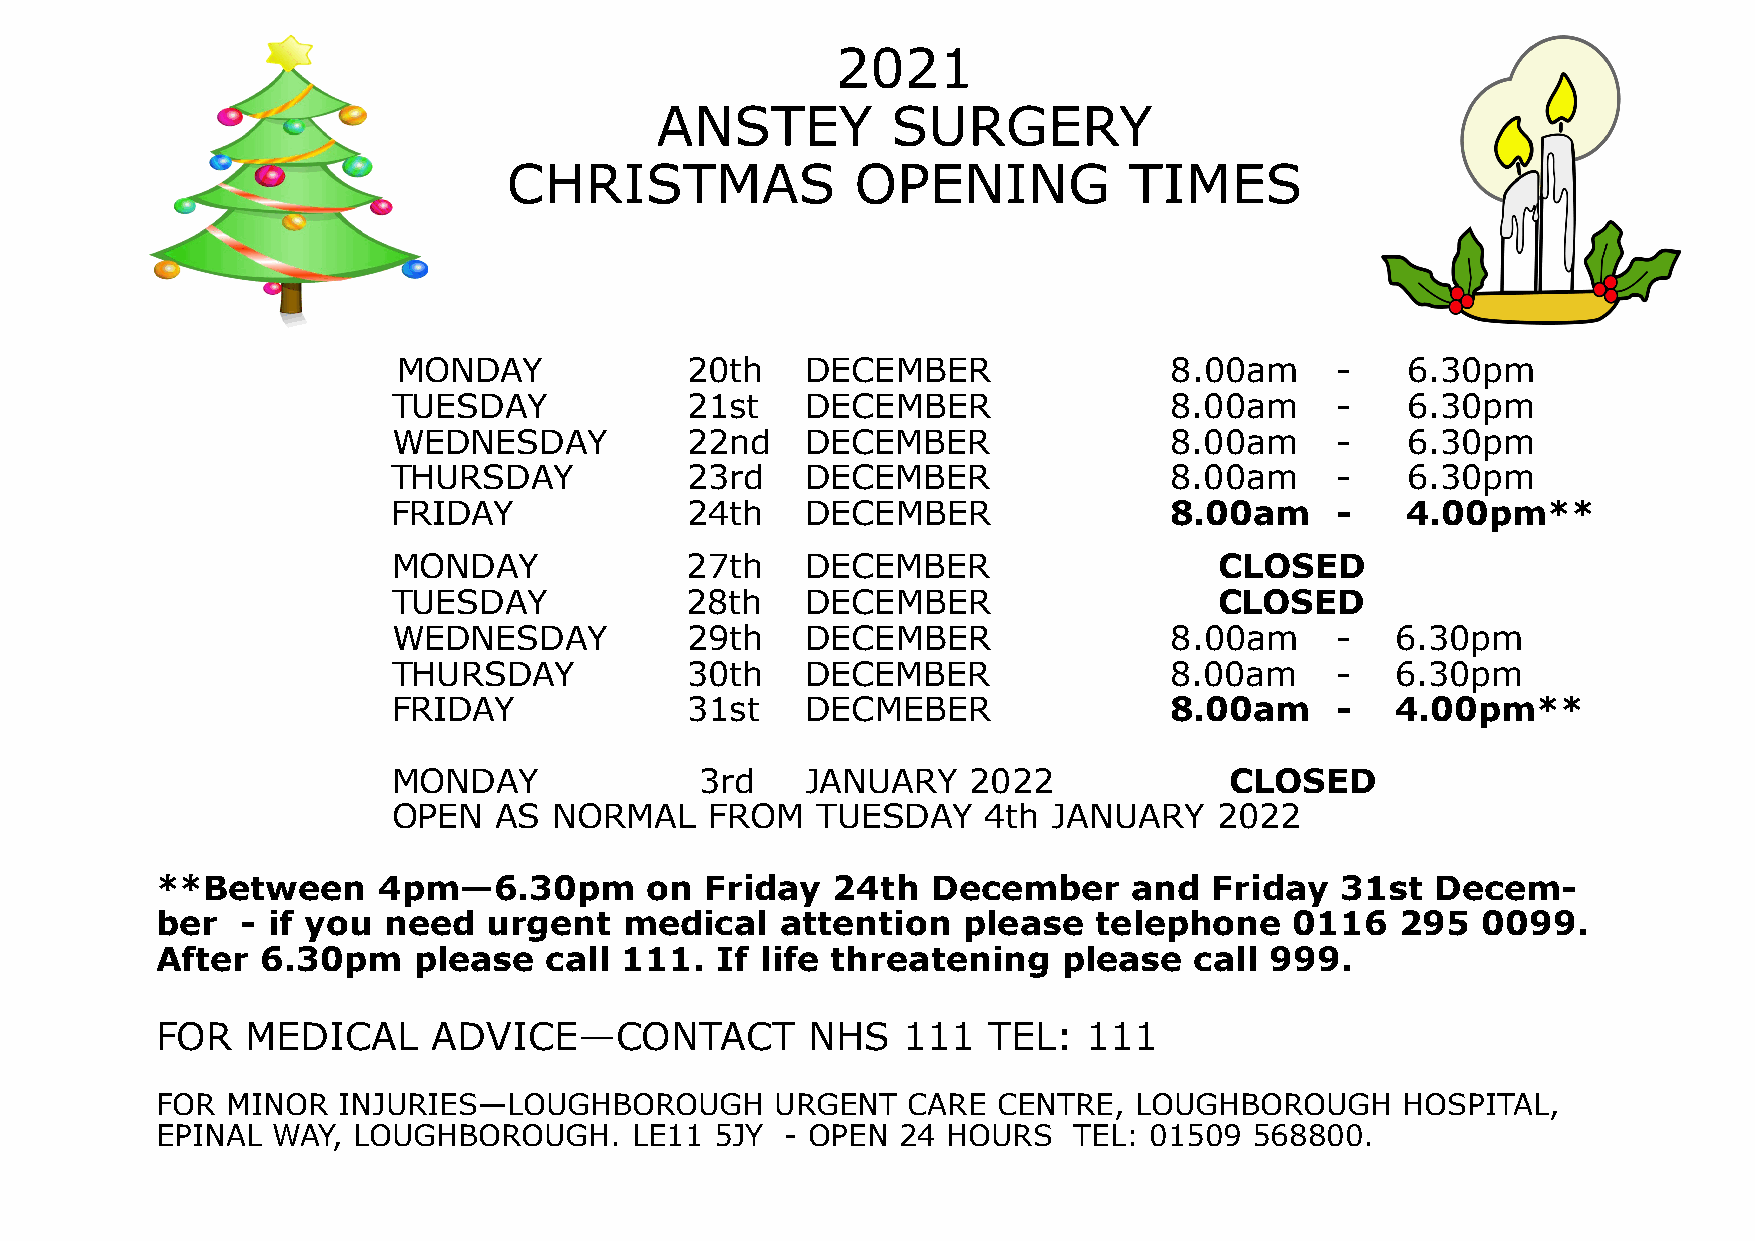
2021
 ANSTEY          SURGERY
 CHRISTMAS              OPENING           TIMES
 MONDAY             20th    DECEMBER                8.00am     -    6.30pm
 TUESDAY            21st    DECEMBER                8.00am     -    6.30pm
 WEDNESDAY          22nd    DECEMBER                8.00am     -    6.30pm
 THURSDAY           23rd    DECEMBER                8.00am     -    6.30pm
 FRIDAY             24th    DECEMBER                8.00am     -    4.00pm**
 MONDAY             27th    DECEMBER                    CLOSED
 TUESDAY            28th    DECEMBER                    CLOSED
 WEDNESDAY          29th    DECEMBER                8.00am     -   6.30pm
 THURSDAY           30th    DECEMBER                8.00am     -   6.30pm
 FRIDAY             31st    DECMEBER                8.00am     -   4.00pm**
 MONDAY              3rd    JANUARY    2022             CLOSED
 OPEN   AS  NORMAL    FROM   TUESDAY    4th  JANUARY   2022
 **Between      4pm—6.30pm        on  Friday  24th   December     and  Friday   31st  Decem-
 ber   - if you need   urgent   medical    attention   please  telephone     0116   295  0099.
 After  6.30pm    please   call 111.  If life threatening    please   call 999.
 FOR   MEDICAL      ADVICE—CONTACT          NHS    111  TEL:   111
 FOR  MINOR  INJURIES—LOUGHBOROUGH        URGENT   CARE  CENTRE,  LOUGHBOROUGH      HOSPITAL,
 EPINAL  WAY, LOUGHBOROUGH.      LE11 5JY  - OPEN 24  HOURS   TEL: 01509  568800.